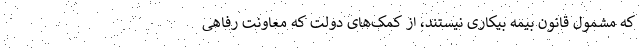
که مشمول قانون بیمه بیکاری نیستند، از کمک‌های دولت که معاونت رفاهی